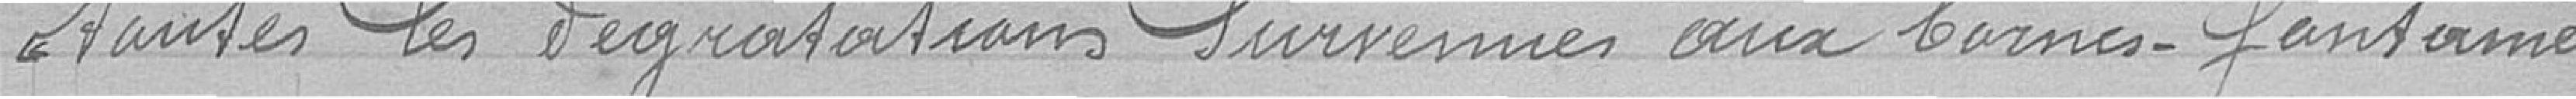
Toutes les dégradations survenues aux bornes-fontaines